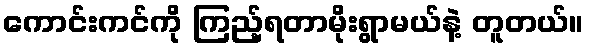
ကောင်းကင်ကို ကြည့်ရတာမိုးရွာမယ်နဲ့ တူတယ်။